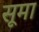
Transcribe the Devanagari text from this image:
सूमा